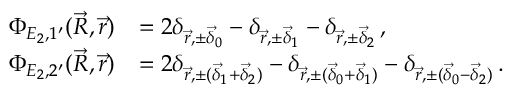
\begin{array} { r l } { \Phi _ { E _ { 2 } , 1 ^ { \prime } } ( \vec { R } , \vec { r } ) } & { = 2 \delta _ { \vec { r } , \pm \vec { \delta } _ { 0 } } - \delta _ { \vec { r } , \pm \vec { \delta } _ { 1 } } - \delta _ { \vec { r } , \pm \vec { \delta } _ { 2 } } \, \mathrm { , } } \\ { \Phi _ { E _ { 2 } , 2 ^ { \prime } } ( \vec { R } , \vec { r } ) } & { = 2 \delta _ { \vec { r } , \pm ( \vec { \delta } _ { 1 } + \vec { \delta } _ { 2 } ) } - \delta _ { \vec { r } , \pm ( \vec { \delta } _ { 0 } + \vec { \delta } _ { 1 } ) } - \delta _ { \vec { r } , \pm ( \vec { \delta } _ { 0 } - \vec { \delta } _ { 2 } ) } \, \mathrm { . } } \end{array}